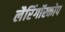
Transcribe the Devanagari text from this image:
लैरिंगॉस्कोप